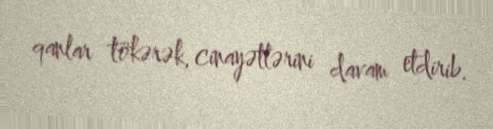
qanlar tökərək, cinayətlərini davam etdirib.